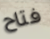
فتاح